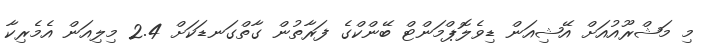
މި މަޝްރޫއުއަށް އޭޝިއަން ޑިވެލޮޕްމަންޓް ބޭންކްގެ ފަރާތުން ގާތްގަނޑަކަށް 2.4 މިލިއަން އެމެރިކާ